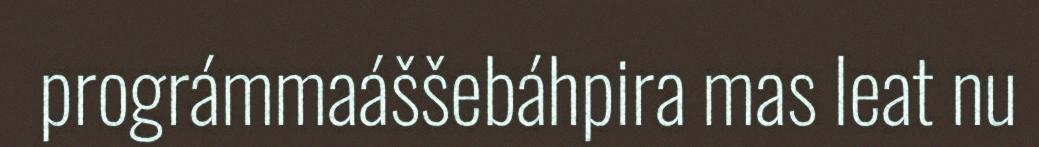
prográmmaáššebáhpira mas leat nu